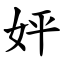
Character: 㛁